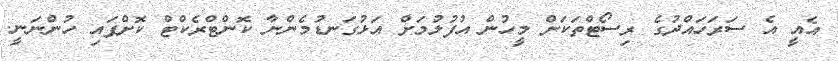
އެއީ އެ ސަރަހައްދުގެ ރިސޯޓްތަކަށް މީހުން އުފުލުމަށް އަޅުގަނޑުމެންނާ ކޮންޓްރެކްޓް ކޮށްފައި ހުންނަނީ.